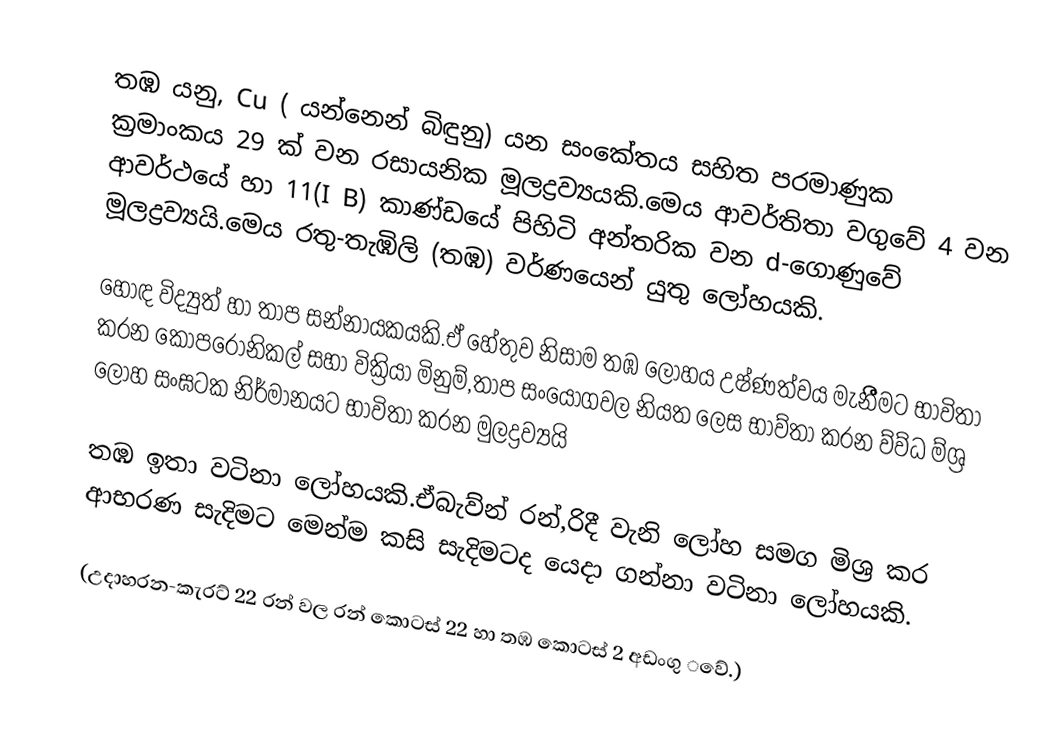
තඹ යනු,   Cu ( යන්නෙන් බිඳුනු) යන සංකේතය සහිත පරමාණුක ක්‍රමාංකය 29 ක් වන  රසායනික මූලද්‍රව්‍යයකි.මෙය ආවර්තිතා වගුවේ 4 වන ආවර්ථයේ හා 11(I B) කාණ්ඩයේ පිහිටි අන්තරික වන d-ගොණුවේ මූලද්‍රව්‍යයි.මෙය රතු-තැඹිලි (තඹ) වර්ණයෙන් යුතු ලෝහයකි.‌

හොඳ විද්‍යුත් හා තාප සන්නායකයකි‍.ඒ ‌හේතුව නිසාම තඹ ලෝහය උෂ්ණත්වය මැනීීමට භාවිතා කරන ‌කොපරොනිකල් සහා වික්‍රියා මිනුම්,තාප සං‌යෝගවල නියත ‌ලෙස භාව්තා කරන ව්ව්ධ ම්ශ්‍ර ලෝහ සංඝටක නිර්මානයට භාවිතා කරන මුලද්‍රව්‍යයි

තඹ ඉතා වටිනා ‌ලෝහයකි.ඒබැව්න් රන්,රිදී වැනි ‌ලෝහ සමග මිශ්‍ර කර ආභරණ සැදිමට ‌මෙන්ම කසි සැදිමටද ‌යෙදා ගන්නා වටිනා ‌ලෝහයකි.

(උදාහරන-කැරට් 22 රන් වල රන් ‌කොටස් 22 හා තඹ ‌කොටස් 2 අඩංගු ‌‌වේ.)